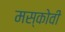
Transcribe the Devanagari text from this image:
मस्कोवी